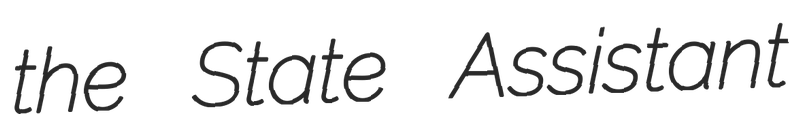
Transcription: the State Assistant